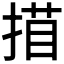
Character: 𢱁